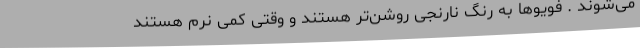
می‌شوند . فویوها به رنگ نارنجی روشن‌تر هستند و وقتی کمی نرم هستند